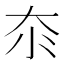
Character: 𱘭